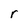
Character: r